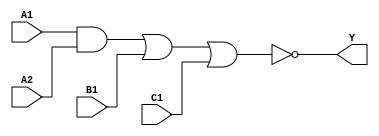
/*
 * Copyright 2020 The SkyWater PDK Authors
 *
 * Licensed under the Apache License, Version 2.0 (the "License");
 * you may not use this file except in compliance with the License.
 * You may obtain a copy of the License at
 *
 *     https://www.apache.org/licenses/LICENSE-2.0
 *
 * Unless required by applicable law or agreed to in writing, software
 * distributed under the License is distributed on an "AS IS" BASIS,
 * WITHOUT WARRANTIES OR CONDITIONS OF ANY KIND, either express or implied.
 * See the License for the specific language governing permissions and
 * limitations under the License.
 *
 * SPDX-License-Identifier: Apache-2.0
*/


`ifndef SKY130_FD_SC_HDLL__A211OI_FUNCTIONAL_V
`define SKY130_FD_SC_HDLL__A211OI_FUNCTIONAL_V

/**
 * a211oi: 2-input AND into first input of 3-input NOR.
 *
 *         Y = !((A1 & A2) | B1 | C1)
 *
 * Verilog simulation functional model.
 */

`timescale 1ns / 1ps
`default_nettype none

`celldefine
module sky130_fd_sc_hdll__a211oi (
    Y ,
    A1,
    A2,
    B1,
    C1
);

    // Module ports
    output Y ;
    input  A1;
    input  A2;
    input  B1;
    input  C1;

    // Local signals
    wire and0_out  ;
    wire nor0_out_Y;

    //  Name  Output      Other arguments
    and and0 (and0_out  , A1, A2          );
    nor nor0 (nor0_out_Y, and0_out, B1, C1);
    buf buf0 (Y         , nor0_out_Y      );

endmodule
`endcelldefine

`default_nettype wire
`endif  // SKY130_FD_SC_HDLL__A211OI_FUNCTIONAL_V